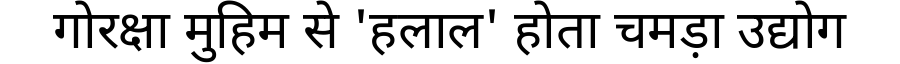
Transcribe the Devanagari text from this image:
गोरक्षा मुहिम से 'हलाल' होता चमड़ा उद्योग